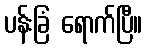
ပန်းခြံ ရောက်ပြီ။